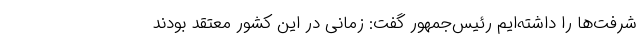
شرفت‌ها را داشته‌ایم رئیس‌جمهور گفت: زمانی در این کشور معتقد بودند